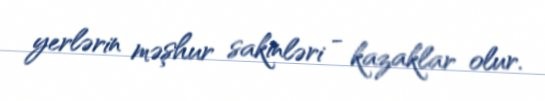
yerlərin məşhur sakinləri - kazaklar olur.